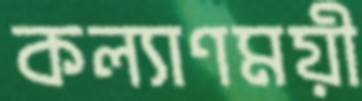
কল্যাণময়ী